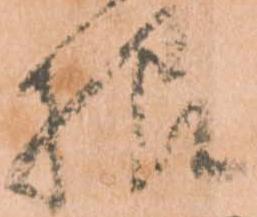
様